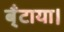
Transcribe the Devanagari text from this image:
ब्ँटाया।